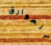
الخوارق